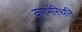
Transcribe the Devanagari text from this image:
कुगर्भस्थिति